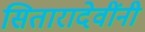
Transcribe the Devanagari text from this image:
सितारादेवींनी